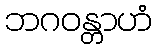
ဘဂဝန္တာဟံ